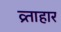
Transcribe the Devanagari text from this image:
व्र्ताहार